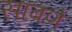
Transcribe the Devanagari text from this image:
साबणे